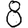
Digit: 8